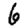
Digit: 6